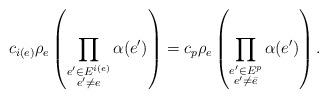
LaTeX: \begin{align*}c_{i(e)}\rho_e\left(\prod_{\substack{e'\in E^{i(e)}\\ e'\neq e\\}}\alpha(e')\right)=c_p\rho_e\left(\prod_{\substack{e'\in E^{p}\\ e'\neq \bar{e}\\}}\alpha(e')\right).\end{align*}